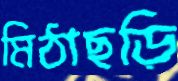
মিঠাছড়ি